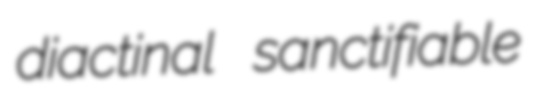
diactinal sanctifiable